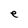
Character: e